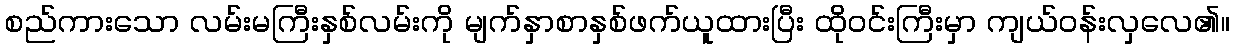
စည်ကားသော လမ်းမကြီးနှစ်လမ်းကို မျက်နှာစာနှစ်ဖက်ယူထားပြီး ထိုဝင်းကြီးမှာ ကျယ်ဝန်းလှလေ၏။